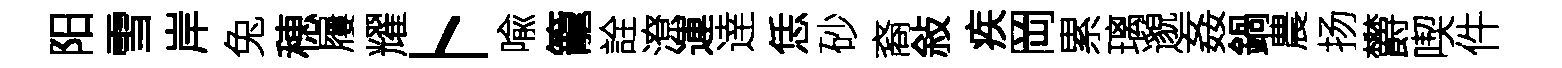
阳雪岸兔穂屨耀卜喩籠詮潦運逹恁砂裔敍疾岡累璃邈姦鍋農扬欝喫件